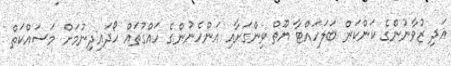
އަދި ޒުވާނުންގެ ކަންކަން ބަލަަހައްޓާ ޔޫތް ވިންގަށާއި އަންހެނުންގެ ހައްގުތައް ހޯދައިދިނުމަށް މަސައްކަތް